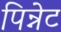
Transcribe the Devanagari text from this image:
पिन्नेट